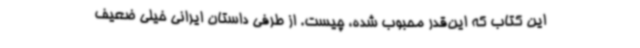
این کتاب که این‌قدر محبوب شده، چیست. از طرفی داستان ایرانی خیلی ضعیف